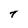
Character: T